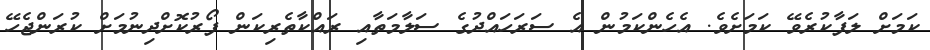
ކަމަށް ލަފާކުރެވޭ ކަމަށެވެ. އެހެންކަމުން އެ ސަރަހައްދުގެ ސަލާމަތާއި ރައްކާތެރިކަން ފޯރުކޮށްދިނުމަށް ކުރަންޖެހޭ